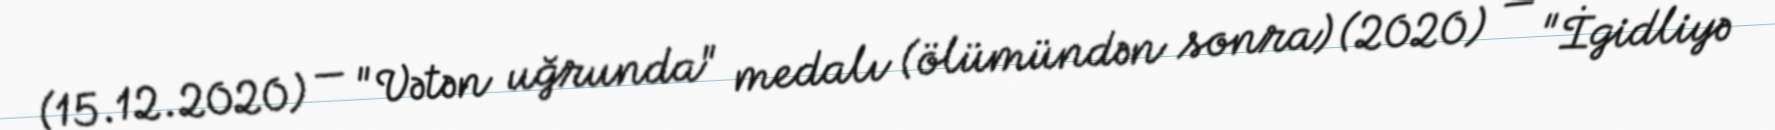
(15.12.2020) — "Vətən uğrunda" medalı (ölümündən sonra) (2020) — "İgidliyə